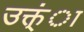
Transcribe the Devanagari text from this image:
उक्त्ंा